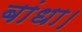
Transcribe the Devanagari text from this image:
बांधा।